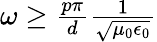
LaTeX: \begin{array}{r}{\omega\geq\frac{p\pi}{d}\frac{1}{\sqrt{\mu_{0}\epsilon_{0}}}}\end{array}